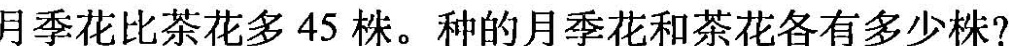
月季花比茶花多45株。种的月季花和茶花各有多少株?